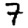
Digit: 7